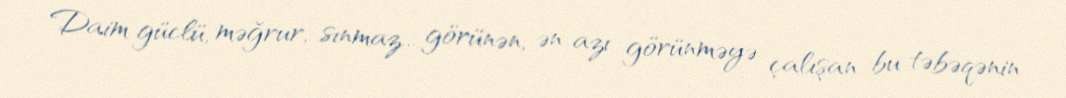
Daim güclü, məğrur, sınmaz... görünən, ən azı görünməyə çalışan bu təbəqənin